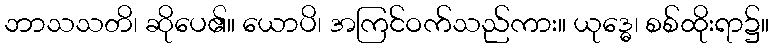
ဘာသသတိ၊ ဆိုပေ၏။ ယောပိ၊ အကြင်ဝက်သည်ကား။ ယုဒ္ဓေ၊ စစ်ထိုးရာ၌။